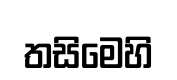
තසිමෙහි